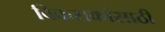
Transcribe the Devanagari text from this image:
विकसकांसाठी